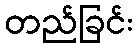
တည်ခြင်း